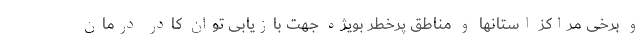
و برخی مراکز استانها و مناطق پرخطر بویژه جهت بازیابی توان کادر درمان